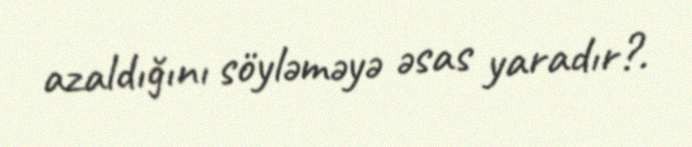
azaldığını söyləməyə əsas yaradır?.